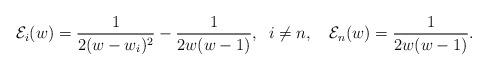
LaTeX: \begin{align*} \mathcal{E}_{i}(w)=\frac{1}{2(w-w_{i})^{2}}-\frac{1}{2w(w-1)},\;\; i\neq n,\quad\mathcal{E}_{n}(w)=\frac{1}{2w(w-1)}.\end{align*}